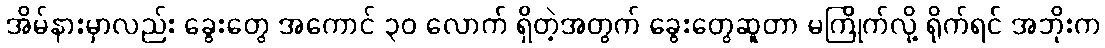
အိမ်နားမှာလည်း ခွေးတွေ အကောင် ၃၀ လောက် ရှိတဲ့အတွက် ခွေးတွေဆူတာ မကြိုက်လို့ ရိုက်ရင် အဘိုးက